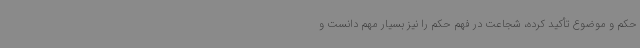
حکم و موضوع تأکید کرده، شجاعت در فهم حکم را نیز بسیار مهم دانست و